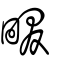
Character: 畷